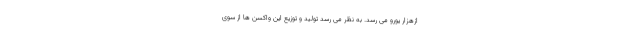
ازهزار یورو می رسد. به نظر می رسد تولید و توزیع این واکسن ها از سوی